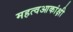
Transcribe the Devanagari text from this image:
महत्वआकांक्षी